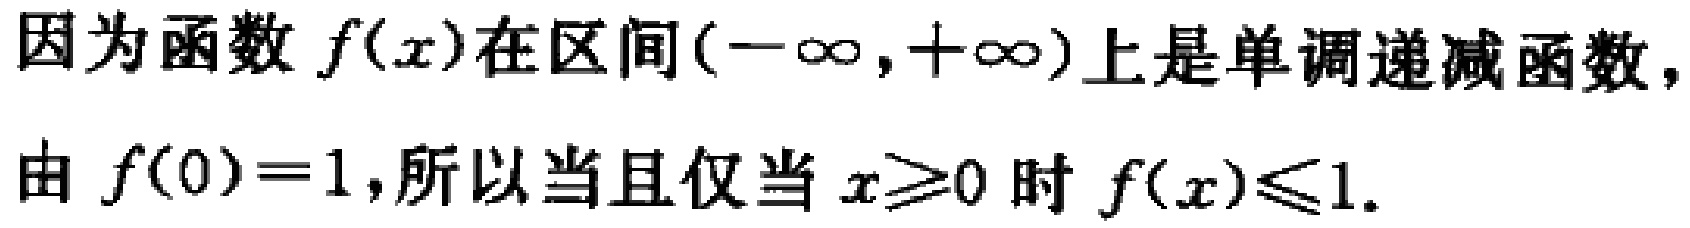
因为函数 \(f(x)\)在区间\((-\infty,+\infty)\)上是单调递减函数，
由 \(f(0)=1\)，所以当且仅当 \(x\geq0\) 时 \(f(x)\leq1\).